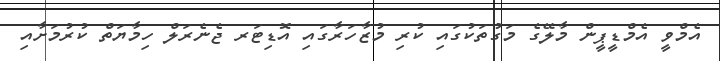
އެމްވީ އެމްޑީޕީން މާލޭގެ މަގުތަކުގައި ކުރި މުޒާހަރާގައި އޮޑިޓަރ ޖެނެރަލް ހިމާޔަތް ކުރުމަށާއި